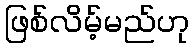
ဖြစ်လိမ့်မည်ဟု